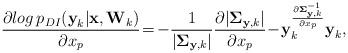
LaTeX: \begin{align*}\frac{\partial{log\,p_{DI}(\textbf{y}_k| \textbf{x}, \textbf{W}_k) }}{\partial{x_p}}\!=\!-\frac{1}{\lvert\boldsymbol{\Sigma}_{\textbf{y},k}\rvert}\frac{\partial\lvert\boldsymbol{\Sigma}_{\textbf{y},k}\rvert}{\partial{x}_p}\!-\!\textbf{y}_k^\frac{\partial \boldsymbol{\Sigma}_{\textbf{y},k}^{-1}}{\partial{x}_p}\textbf{y}_k,\end{align*}